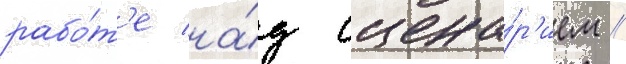
рабо́т'е на́д сцена́р'ием //